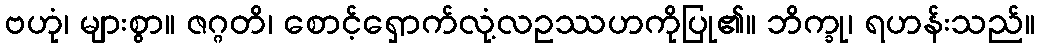
ဗဟုံ၊ များစွာ။ ဇဂ္ဂတိ၊ စောင့်ရှောက်လုံ့လဥဿဟကိုပြု၏။ ဘိက္ခု၊ ရဟန်းသည်။